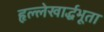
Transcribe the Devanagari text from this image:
हृल्लेखार्द्धभूता